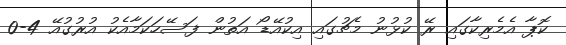
ކޮޕާ އެމެރިކާގައި ރޭ ކުޅުނު މެޗުގައި އިކުއޭޑޯ އަތުން ފަސޭހަކަމާއެކު އުރުގުއޭ 4-0